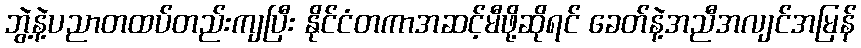
ဘွဲ့နဲ့ပညာတထပ်တည်းကျပြီး နိုင်ငံတကာအဆင့်မီဖို့ဆိုရင် ခေတ်နဲ့အညီအလျင်အမြန်